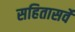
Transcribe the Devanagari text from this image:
सहितासर्वे